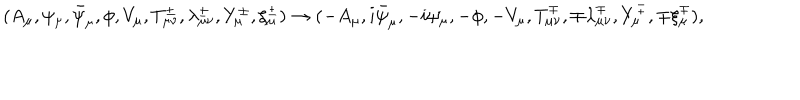
LaTeX: ( A _ { \mu } , \psi _ { \mu } , \bar { \psi } _ { \mu } , \phi , V _ { \mu } , T _ { \mu \nu } ^ { \pm } , \lambda _ { \mu \nu } ^ { \pm } , Y _ { \mu } ^ { \pm } , \xi _ { \mu } ^ { \pm } ) \rightarrow ( - A _ { \mu } , i \bar { \psi } _ { \mu } , - i \psi _ { \mu } , - \phi , - V _ { \mu } , T _ { \mu \nu } ^ { \mp } , \mp \lambda _ { \mu \nu } ^ { \mp } , Y _ { \mu } ^ { \mp } , \mp \xi _ { \mu } ^ { \mp } ) ,